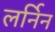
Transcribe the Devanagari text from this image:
लर्निन